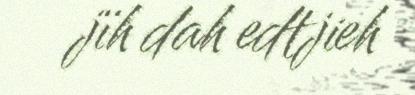
jïh dah edtjieh